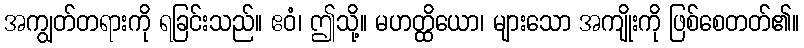
အကျွတ်တရားကို ရခြင်းသည်။ ဧဝံ၊ ဤသို့။ မဟတ္ထိယော၊ များသော အကျိုးကို ဖြစ်စေတတ်၏။